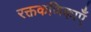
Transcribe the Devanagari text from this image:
रक्तकणिकाएँ